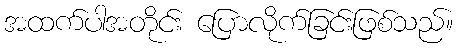
အထက်ပါအတိုင်း ပြောလိုက်ခြင်းဖြစ်သည်။